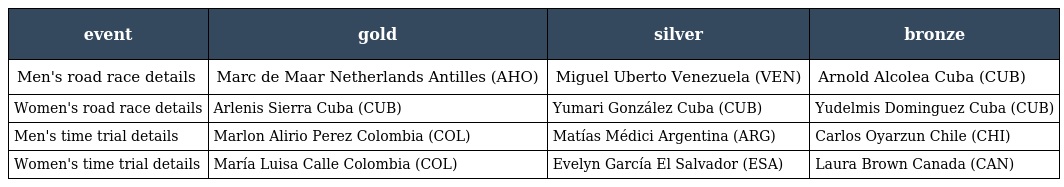
| event | gold | silver | bronze |
 | --- | --- | --- | --- |
 | Men's road race details | Marc de Maar Netherlands Antilles (AHO) | Miguel Uberto Venezuela (VEN) | Arnold Alcolea Cuba (CUB) |
 | Women's road race details | Arlenis Sierra Cuba (CUB) | Yumari González Cuba (CUB) | Yudelmis Dominguez Cuba (CUB) |
 | Men's time trial details | Marlon Alirio Perez Colombia (COL) | Matías Médici Argentina (ARG) | Carlos Oyarzun Chile (CHI) |
 | Women's time trial details | María Luisa Calle Colombia (COL) | Evelyn García El Salvador (ESA) | Laura Brown Canada (CAN) |